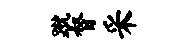
蹴督采